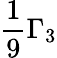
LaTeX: \frac{1}{9}\Gamma_{3}